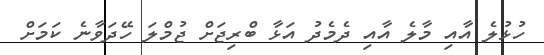
ހުޅުލެ އާއި މާލެ އާއި ދެމެދު އަޅާ ބްރިޖަށް ޖުމްލަ ހޭދަވާނެ ކަމަށް